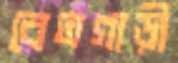
বেতগাড়ী